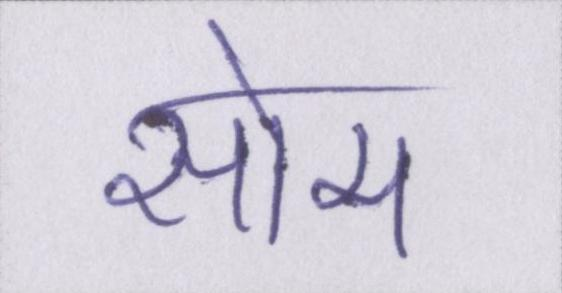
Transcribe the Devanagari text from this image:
सोम